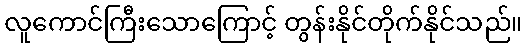
လူကောင်ကြီးသောကြောင့် တွန်းနိုင်တိုက်နိုင်သည်။